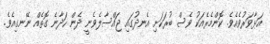
އަޅާވަރުވެއެވެ. ކޮންމެރެއަކު ވެސް ބުރަކަށި އެނދުގައި ޖައްސާލެވެނީ ދެން ހަދާނެ ގޮތެއް ނޭނގިއެވެ.